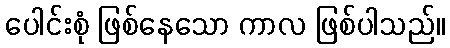
ပေါင်းစုံ ဖြစ်နေသော ကာလ ဖြစ်ပါသည်။